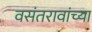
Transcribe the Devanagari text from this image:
वसंतरावांच्या